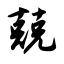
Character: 兢